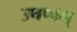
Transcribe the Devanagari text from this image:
उथप्पम्